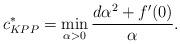
LaTeX: \begin{align*}c^*_{KPP} = \min_{\alpha >0} \frac{d\alpha^2 + f'(0)}{\alpha}.\end{align*}